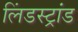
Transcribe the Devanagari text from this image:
लिंडस्ट्रांड